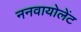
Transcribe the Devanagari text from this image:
ननवायोलेंट